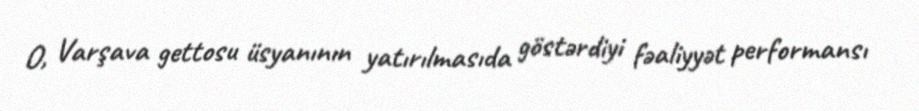
O, Varşava gettosu üsyanının yatırılmasıda göstərdiyi fəaliyyət performansı